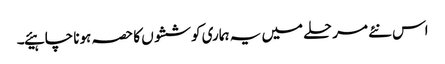
اس نئے مرحلے میں یہ ہماری کوششوں کا حصہ ہونا چاہیئے۔